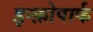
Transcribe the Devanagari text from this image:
इन्फ़ोपार्क